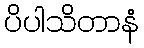
ပိပါသိတာနံ